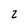
Character: 2